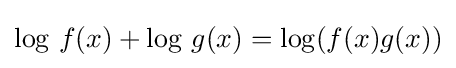
\log \,f(x)+\log \,g(x)=\log(f(x)g(x))